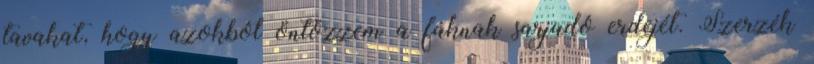
tavakat, hogy azokból öntözzem a fáknak sarjadó erdejét. Szerzék